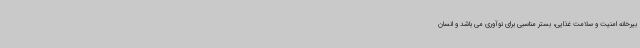
بیرخانه امنیت و سلامت غذایی، بستر مناسبی برای نوآوری می باشد و انسان